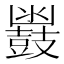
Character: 𮮩